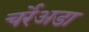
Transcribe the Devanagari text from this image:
चर्रेअडा